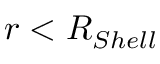
r < R _ { S h e l l }